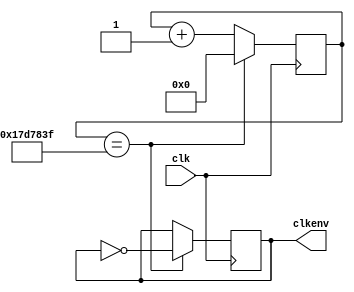
`timescale 1ns / 1ps
//////////////////////////////////////////////////////////////////////////////////
// Company: 
// Engineer: 
// 
// Design Name: 
// Module Name: clock
// Project Name: 
// Target Devices: 
// Tool Versions: 
// Description: 
// 
// Dependencies: 
// 
// Revision:
// Revision 0.01 - File Created
// Additional Comments:
// 
//////////////////////////////////////////////////////////////////////////////////


module clock(
    input clk,
    output clkenv
    );
    
    reg[24:0] env = 0;
    reg a1 = 0;
    
    always @ (posedge clk)
    begin
        if (env == 24999999)
        begin
            env <= 'd0;
            a1 <= ~a1;
        end
        else
        begin
            env <= env + 'd1;
        end
    end
    
    assign clkenv = a1;
endmodule